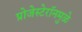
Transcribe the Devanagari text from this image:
प्रोजेस्टेरॉनमुळे